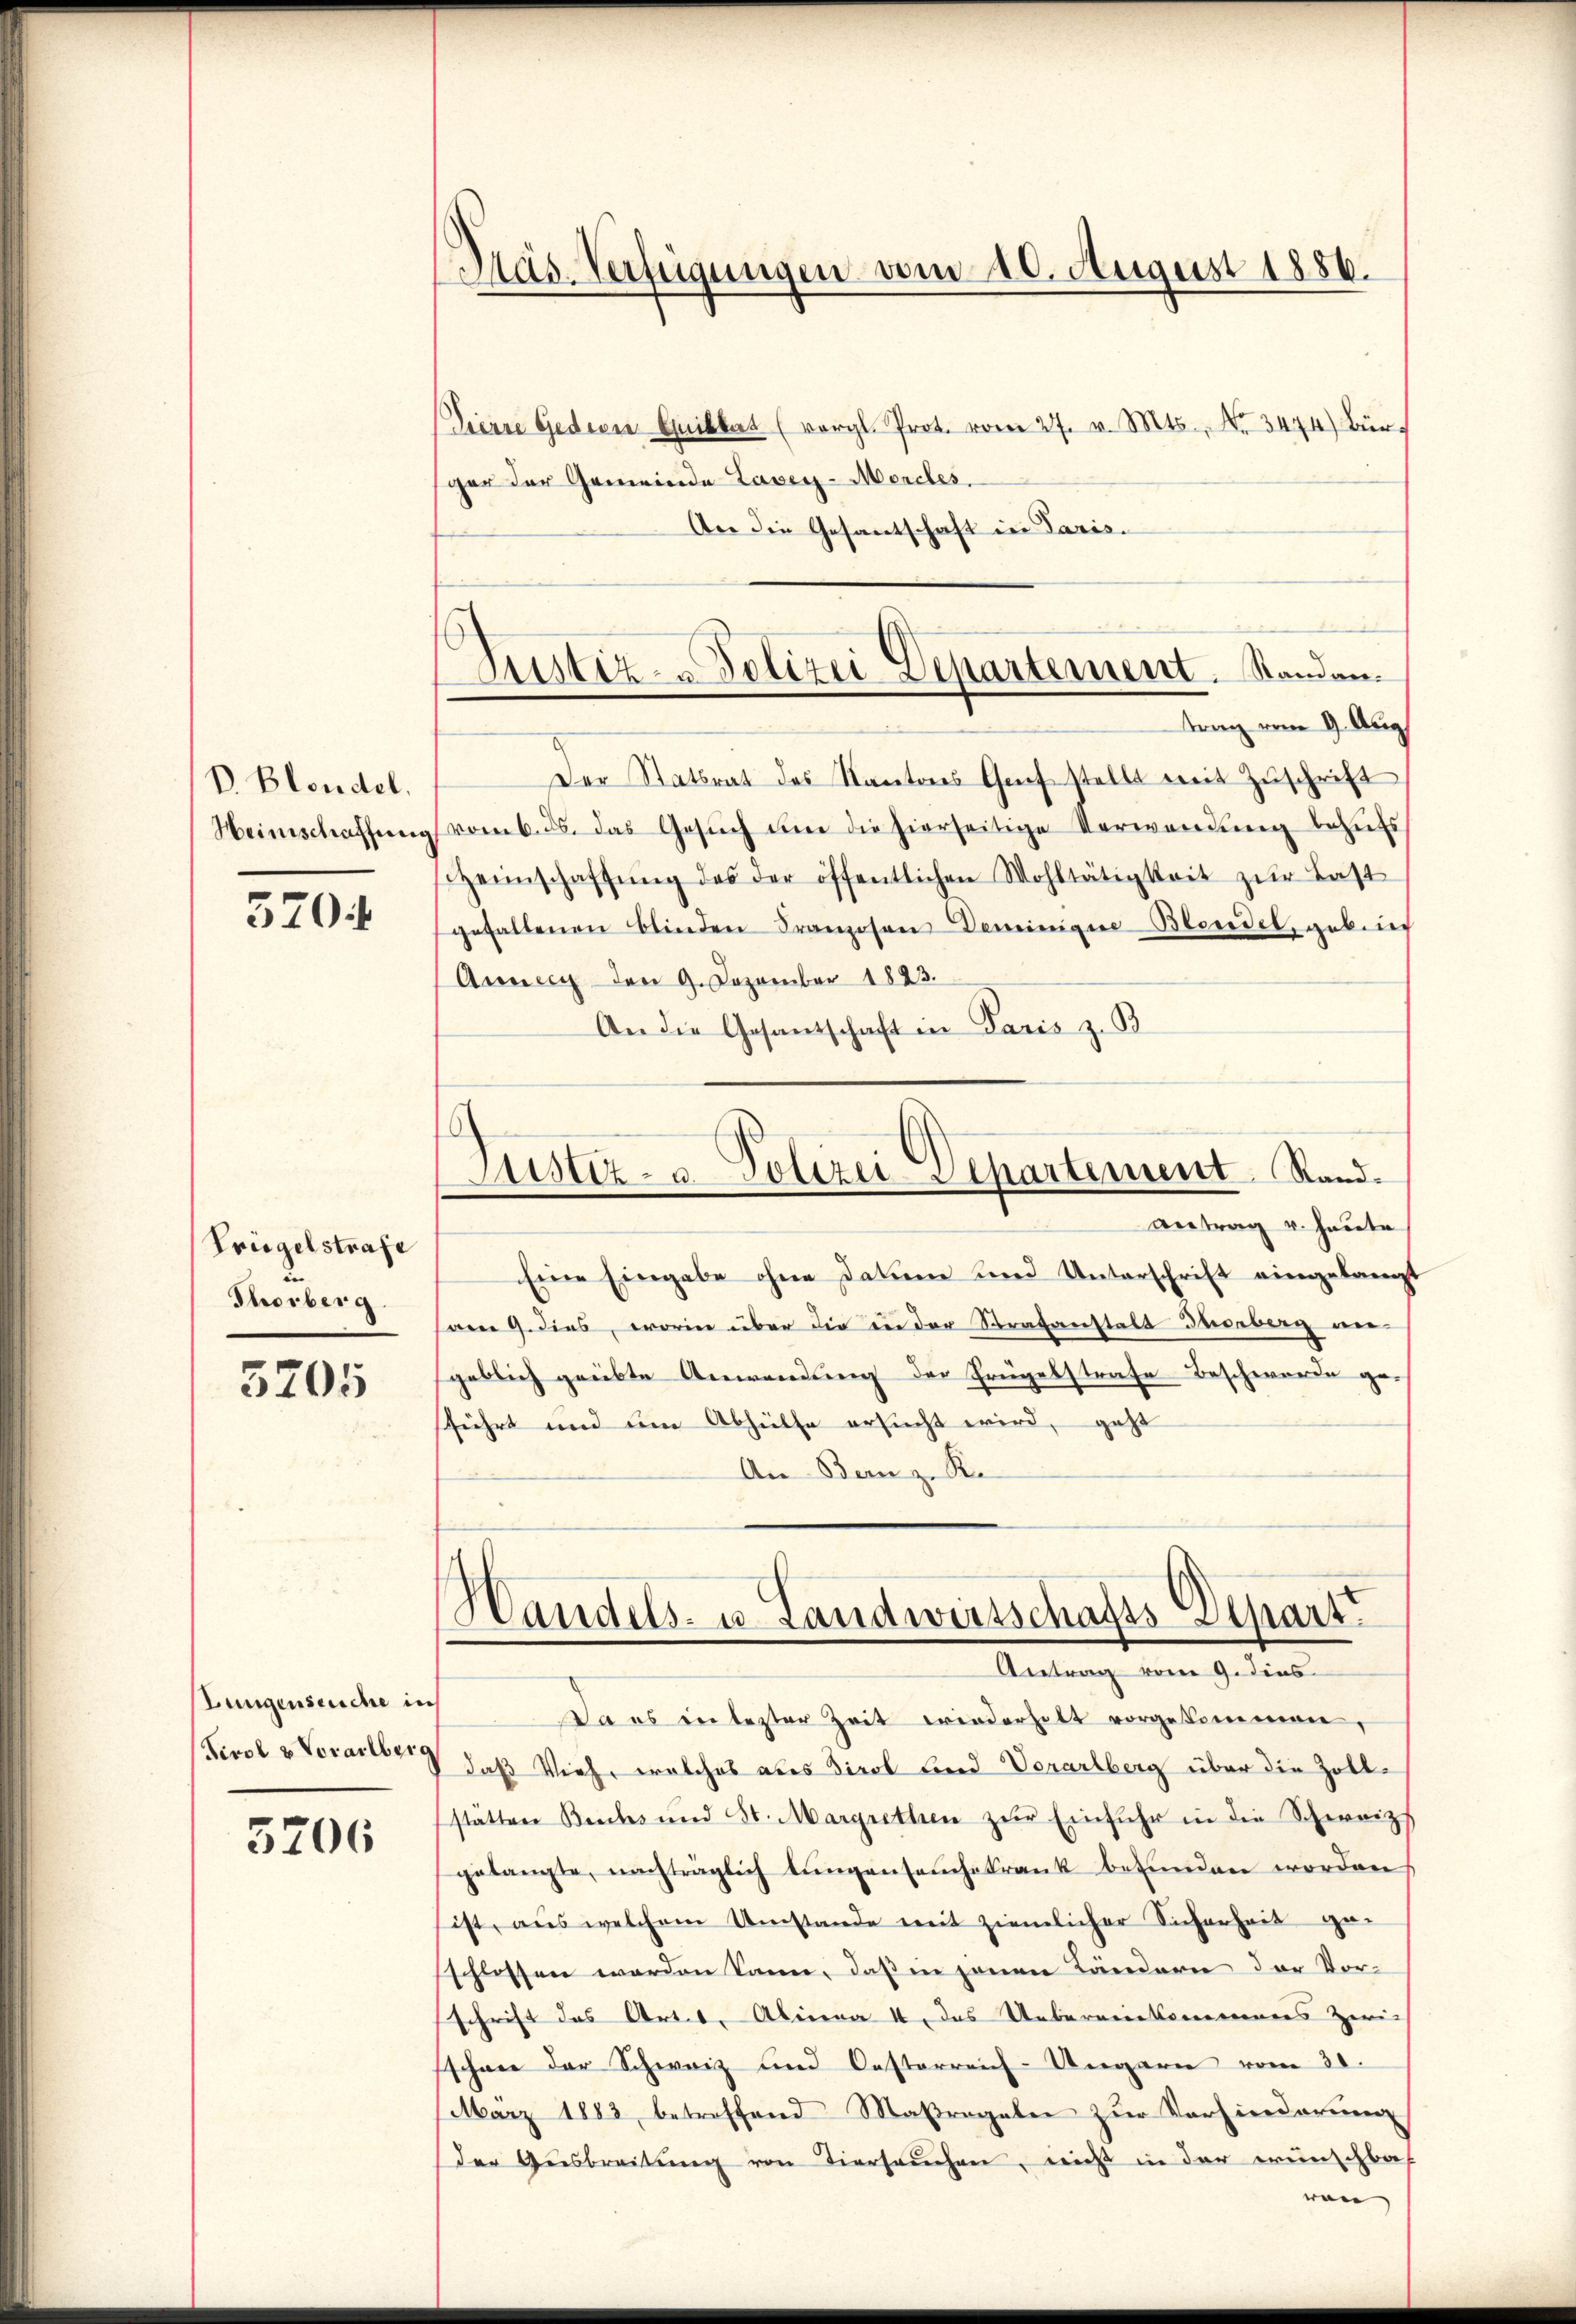
D. Bloudel.

370.

Trügelstrafe
Thorberg

3205

Lungenseuche in
Tirol u Vorarlberg

3206

Präs. Verfügungen vom 20. August 1886.

Pierre Gediene Guilkart (vergl. Prot. vom 27. v. Mts., No 3474) Bürger der Gemeinde Lavey-Mercles.
An die Gesantschaft in Paris.

Justiz- & Polizei Departement. Standen.
trag vom 9. Aug.

Der Statsrat des Kantons Graf Stellt mit Zuschrift
Heimschaffŭng vom 6. ds. das Gesŭch ŭm die hierseitige Verwendŭng behŭfs
sitzeinschaffŭng des der öffentlichen Wohltätigkeit zŭr Last
gefallenen Blinden Franzosen Gemeinige Blondel, gebrief
Anner den 9. Dezember 1823.
An die Gesandschaft in Paris z. B

.
Justiz- u. Polizei Dehartement Stand.
Antrag v. Haute

Eine Eingabe ohne Daten und Unterschrift eingelangt
am 9. dies, worin über die in der Strafanstalt Thorberg an-
geblich geübte Anwendung der Frügelstrafe Beschwerde ge-
sführt und um Abhülfe ersucht wird, geht
An Bern z. B.

Handels- u. Landwirtschafts Depart
Antrag vom 9. dies

Da es in lezter Zeit wiederholt vorgekommen,
daß Vieh, welches aber Tirol und Vorarlberg über die Zoll-
stätten Buches und St. Margrethen zŭr Einfuhr in die Schweizs
gelangte, nachträglich lŭngenseuchekrank befinden worden,
ist, aus welchem Umstande mit ziemlicher Sicherheit ge-
schlossen werden kann, daß in jenen Ländern der Vor-
schrift des Art. b. Alinea 4 das Uebereikommens zwi-
schnee der Schweiz und Oesterreich-Ungarn vom 30.
März 1883 betroffend Maβragalen zŭr Vorhinderŭng
der Aŭsbreitŭng von Tiersŭchen, mich in der wünschba
von